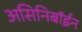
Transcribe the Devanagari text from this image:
असिनिबॉईन